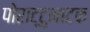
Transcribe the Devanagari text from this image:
पोराट्टुनाटक